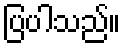
ပြပါသည်။